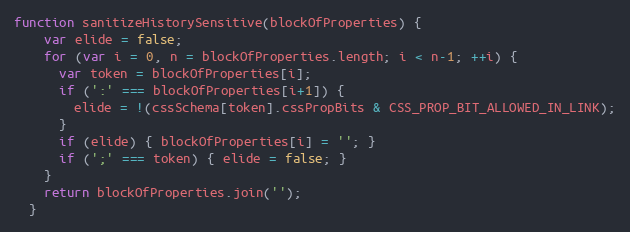
Language: JavaScript
function sanitizeHistorySensitive(blockOfProperties) {
    var elide = false;
    for (var i = 0, n = blockOfProperties.length; i < n-1; ++i) {
      var token = blockOfProperties[i];
      if (':' === blockOfProperties[i+1]) {
        elide = !(cssSchema[token].cssPropBits & CSS_PROP_BIT_ALLOWED_IN_LINK);
      }
      if (elide) { blockOfProperties[i] = ''; }
      if (';' === token) { elide = false; }
    }
    return blockOfProperties.join('');
  }